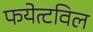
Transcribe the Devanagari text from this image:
फयेत्टविल